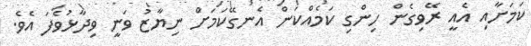
ކަމަށާއި އެއީ ރޭވިގެން ހިންގި ކަމެއްކަން އެނގޭކަމަށް ނިޔާޒު ވަނީ ވިދާޅުވެފަ އެވެ.